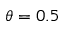
\theta = 0 . 5